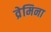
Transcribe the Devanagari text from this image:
व्रेमिना